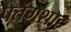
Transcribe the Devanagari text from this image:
पतंगशाह